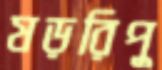
ষড়রিপু